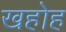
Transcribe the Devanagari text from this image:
खहोह